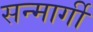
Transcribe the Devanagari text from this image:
सन्मार्गी